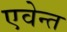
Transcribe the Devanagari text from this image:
एवेन्त